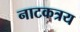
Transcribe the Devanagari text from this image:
नाटकत्रय